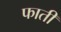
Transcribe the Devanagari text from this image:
फाती